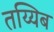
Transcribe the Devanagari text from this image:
तय्यिब